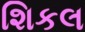
શિકલ